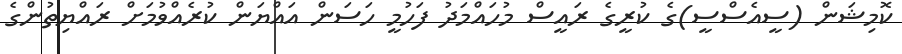
ކޮމިޝަން (ސީއެސްސީ)ގެ ކުރީގެ ރައީސް މުހައްމަދު ފަހުމީ ހަަސަން އައްޔަން ކުރެއްވުމަށް ރައްޔިތުންގެ